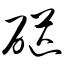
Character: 硭